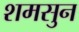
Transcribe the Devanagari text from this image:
शमसुन